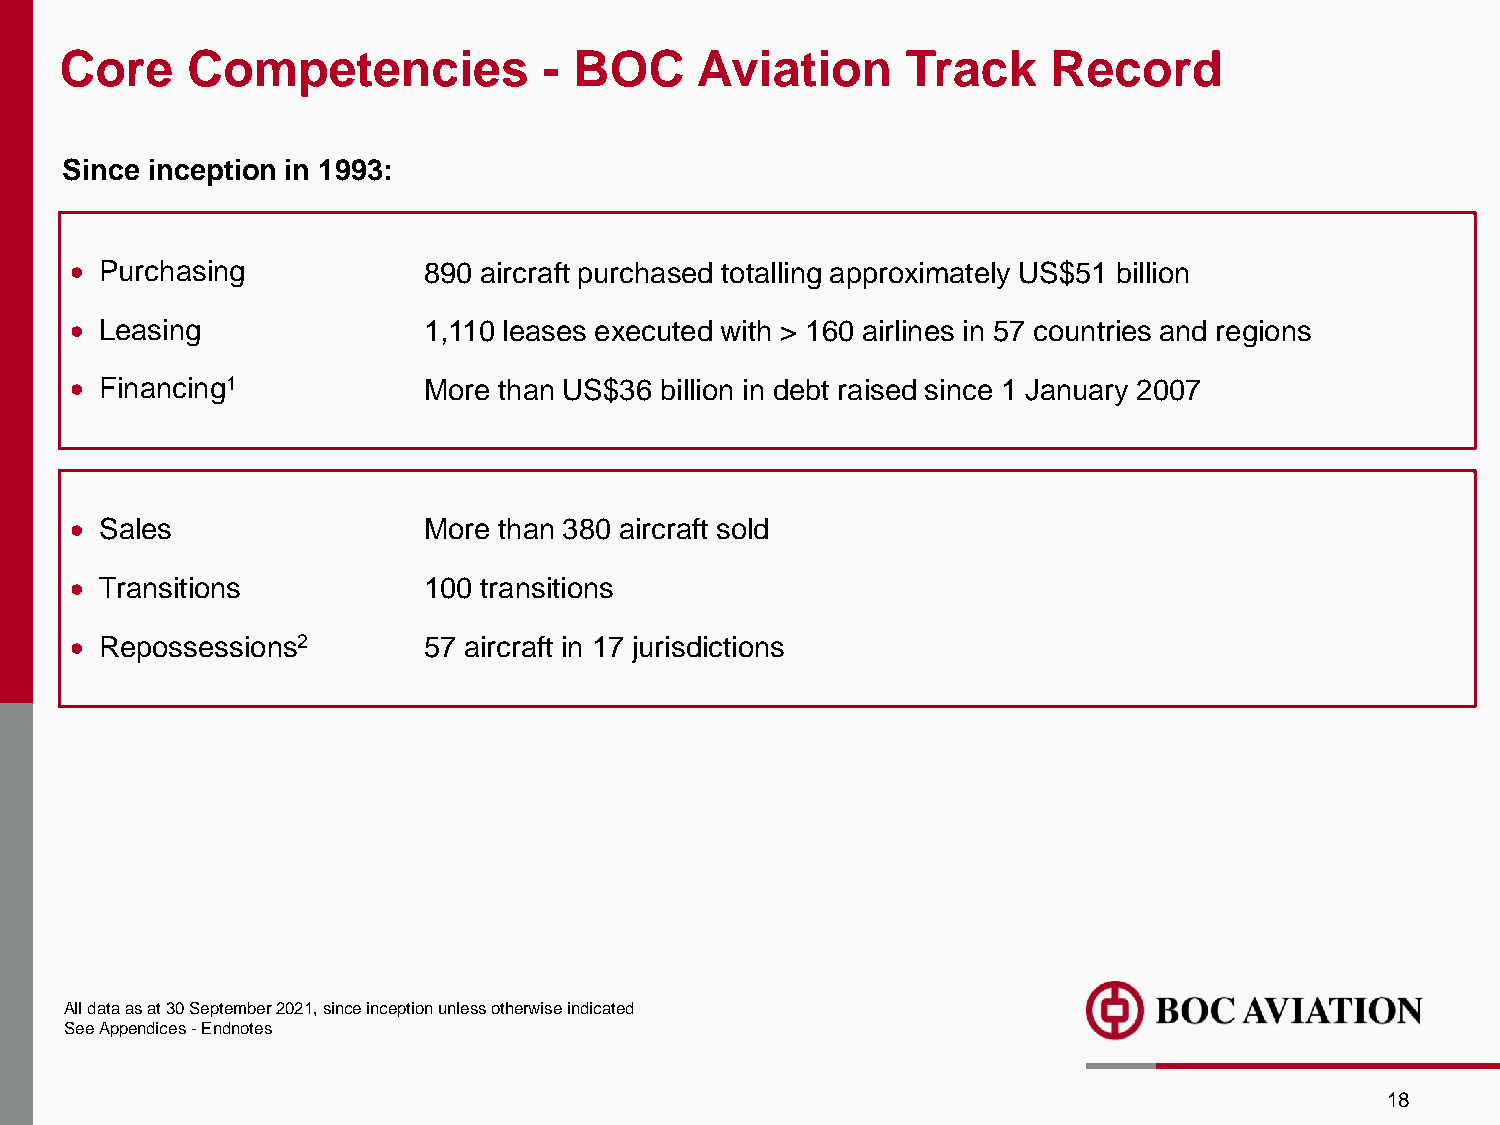
Core    Competencies            - BOC     Aviation      Track     Record
 Since inception in 1993:
 • Purchasing           890 aircraft purchased totalling approximately US$51 billion
 • Leasing              1,110 leases executed with > 160 airlines in 57 countries and regions
 • Financing1           More than US$36 billion in debt raised since 1 January 2007
 • Sales                More than 380 aircraft sold
 • Transitions          100 transitions
 • Repossessions2       57 aircraft in 17 jurisdictions
 All data as at 30 September 2021, since inception unless otherwise indicated
 SeeAppendices-Endnotes
 18